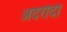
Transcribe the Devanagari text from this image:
अदरोदा